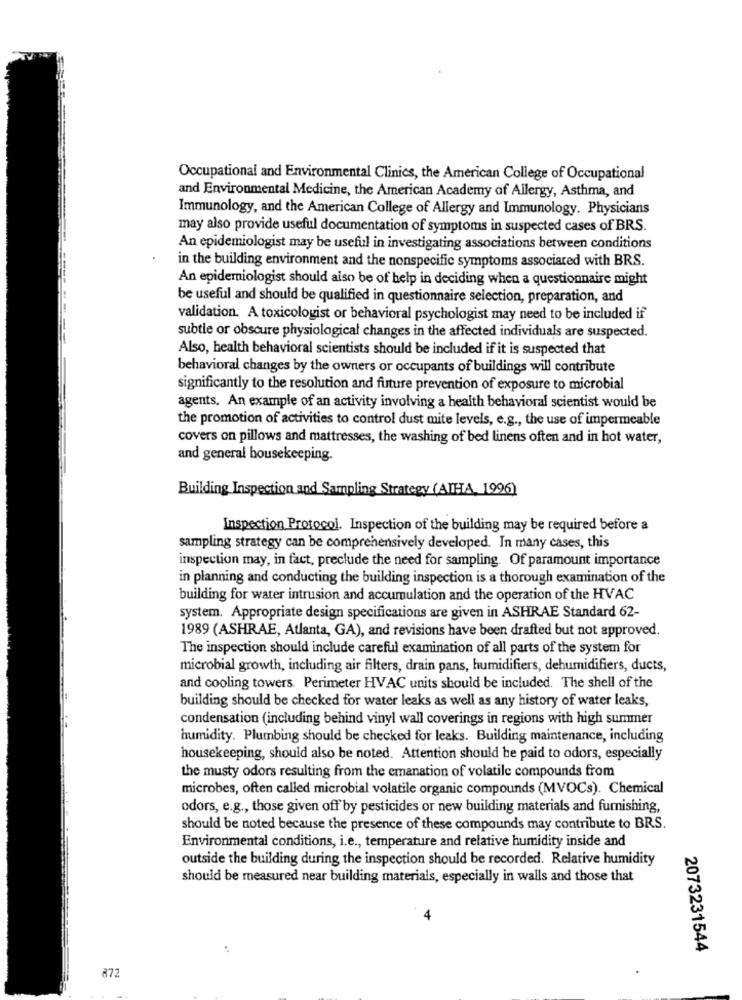
Occupational and Environmental Clinics, the American College of Occupational
and Environmental Medicine, the American Academy of Allergy, Asthma, and
Immunology, and the American College of Allergy and Immunology. Physicians
may also provide useful documentation of symptoms in suspected cases of BRS.
An epidemiologist may be useful in investigating associations between conditions
in the building environment and the nonspecific symptoms associated with BRS.
An epidemiologist should also be of help in deciding when a questionnaire might
be useful and should be qualified in questionnaire selection, preparation, and
validation. A toxicologist or behavioral psychologist may need to be included if
subtle or obscure physiological changes in the affected individuals are suspected.
Also, health behavioral scientists should be included if it is suspected that
behavioral changes by the owners or occupants of buildings will contribute
significantly to the resolution and future prevention of exposure to microbial
agents, An example of an activity involving a health behavioral scientist would be
the promotion of activities to control dust mite levels, e.g ., the use of impermeable
covers on pillows and mattresses, the washing of bed linens often and in hot water,
and general housekeeping.
Building Inspection and Sampling Strategy (AIHA, 1996)
Inspection Protocol. Inspection of the building may be required before a
sampling strategy can be comprehensively developed. In many cases, this
inspection may, in fact, preclude the need for sampling. Of paramount importance
in planning and conducting the building inspection is a thorough examination of the
building for water intrusion and accumulation and the operation of the HVAC
system. Appropriate design specifications are given in ASHRAE Standard 62-
1989 (ASHRAE, Atlanta, GA), and revisions have been drafted but not approved.
The inspection should include careful examination of all parts of the system for
microbial growth, including air filters, drain pans, humidifiers, dehumidifiers, ducts,
and cooling towers. Perimeter HVAC units should be included. The shell of the
building should be checked for water leaks as well as any history of water leaks,
condensation (including behind vinyl wall coverings in regions with high summer
humidity. Plumbing should be checked for leaks. Building maintenance, including
housekeeping, should also be noted. Attention should be paid to odors, especially
the musty odors resulting from the emanation of volatile compounds from
microbes, often called microbial volatile organic compounds (MVOCs). Chemical
odors, e.g ., those given off by pesticides or new building materials and furnishing,
should be noted because the presence of these compounds may contribute to BRS.
Environmental conditions, i.e ., temperature and relative humidity inside and
outside the building during the inspection should be recorded. Relative humidity
should be measured near building materials, especially in walls and those that
4
:
2073231544
872